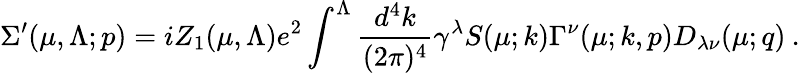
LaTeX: \Sigma^{\prime}(\mu,\Lambda;p)=iZ_{1}(\mu,\Lambda)e^{2}\int^{\Lambda}\frac{d^{4}k}{(2\pi)^{4}}\gamma^{\lambda}{S}(\mu;k){\Gamma}^{\nu}(\mu;k,p){D}_{\lambda\nu}(\mu;q)\: .